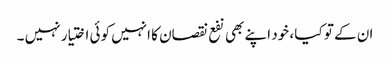
ان کے تو کیا ، خود اپنے بھی نفع نقصان کا انہیں کوئی اختیار نہیں ۔